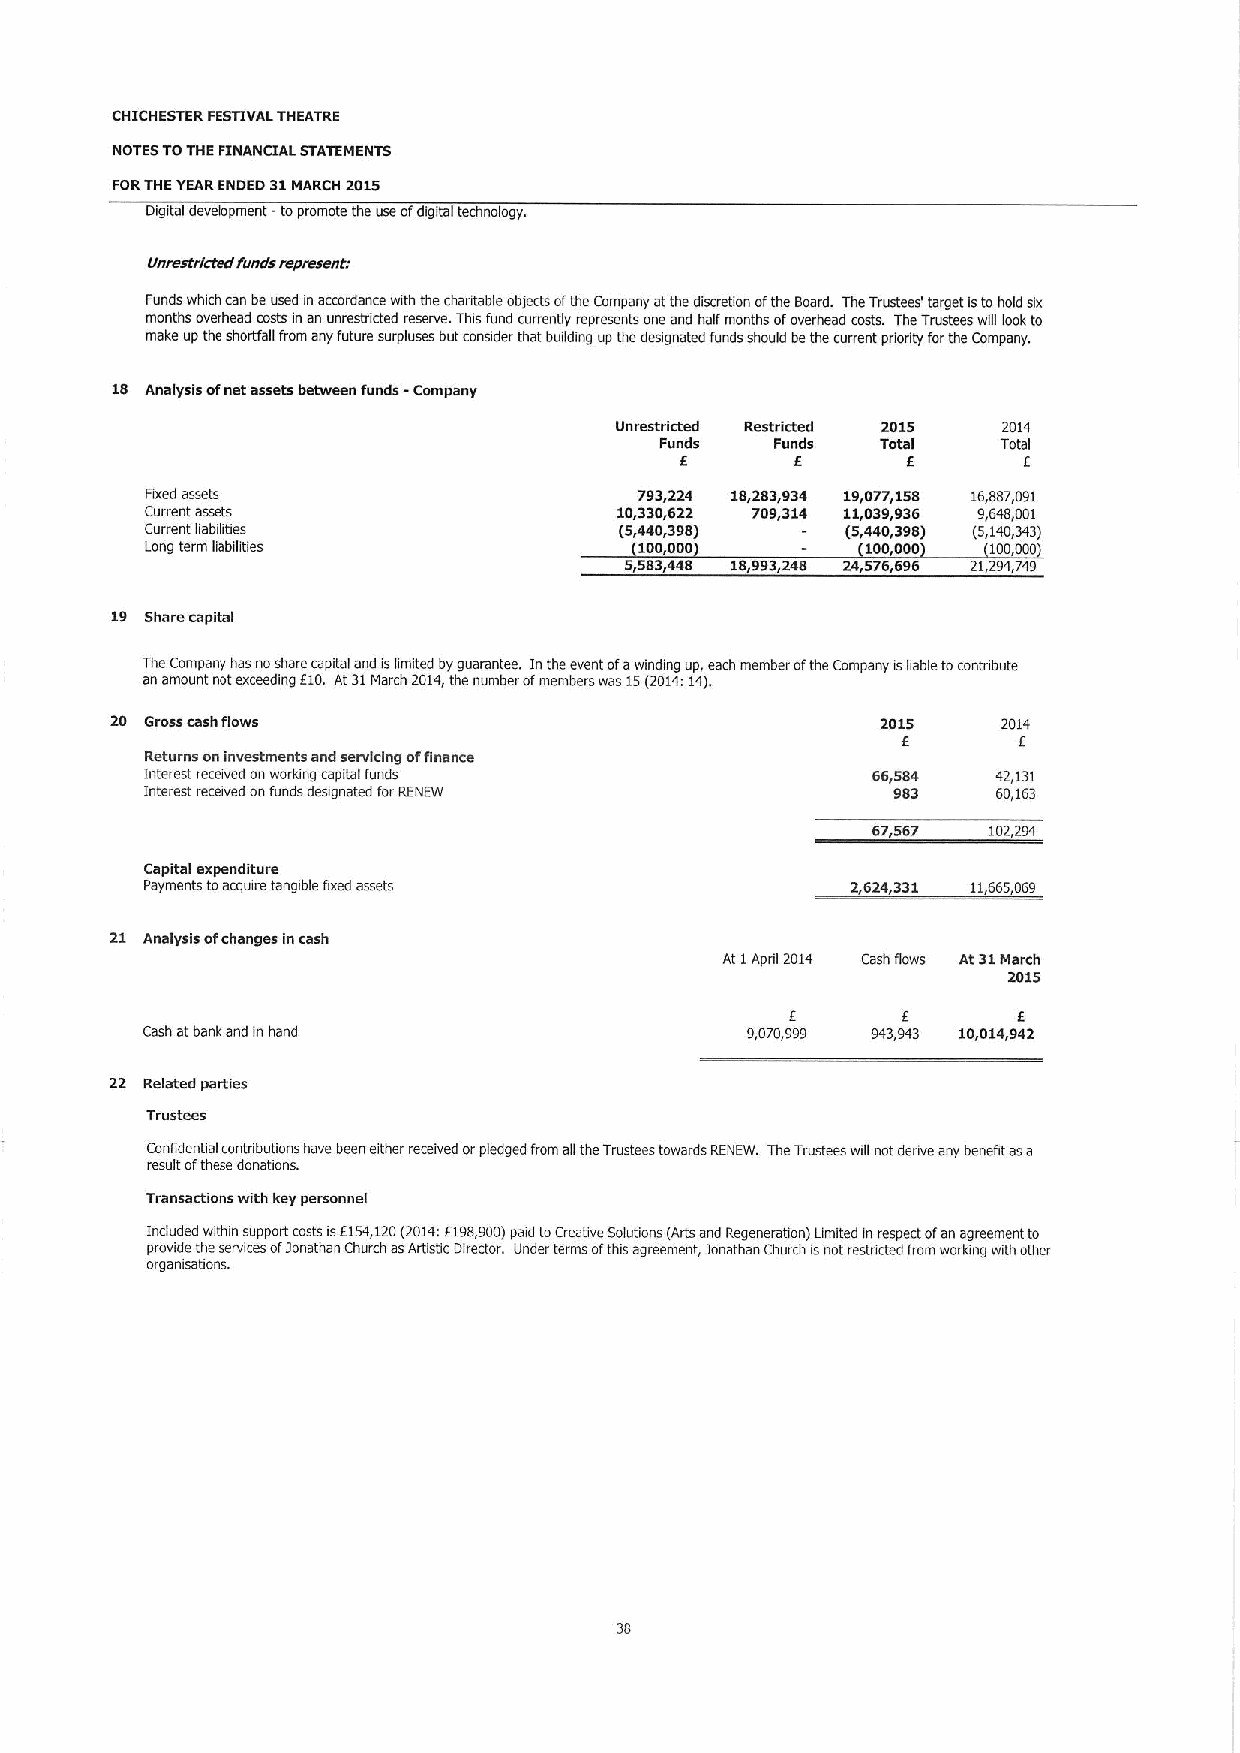
CHICHESTER FESTIVALTHEATRE
 NOTES TOTHEFINANCIAL STATEMENTS
 FORTHEYEARENDED 31MARCH 2015
 Digital development -topromote the use ofdigital technology.
 Unnssf ries edrtrnds rwprwsnnD
 Funds which can beused in acmrdance with the charitable objects ofthe Company atthe discretion ofthe Board. TheTrustees' target isto hold six
 months overhead costs in an unrestricted reserve. This fund currently represents one and half months ofoverhead costs. TheTrustees will look to
 make up the shortfall from any future surpluses but consider that building up the designated funds should bethe current priority forthe Company.
 18 Analysis ofnet assets between funds - Company
 Unrestricted Restridwd 2015 2014
 Funds  Funds  Total   Total
 I       I      I       I
 Fixed assets                    793,224 18,283,934 19,077,158 16,887,091
 Current amets                  10,330,622 709,314 11,039,936 9,648,001
 Current liabilities            (5,440,398)    (5,440,398) (5,140,343)
 Long term liabibties            100,000        100000   100000
 5,583c(48 18,993,248 24,576,696 21,29'(,749
 19 Share capital
 The Company has noshare capital and iskmited byguarantee. Inthe event ofawinding up, each member ofthe Company isbable tocontnbute
 an amount notexceeding 110.At31March 2014,the number ofmembers was 15(2014:14).
 20 Gross cash flows                                2015    201'I
 I      I
 Returns oninvestments and servicing offinance
 Interest received on workmg capital funds       66,584  42,131
 Interest received onfunds designated forRENEW    983    60,163
 67,567 102,294
 Capital expenditure
 Payments toacquire tangible fixed assets      2,624,331 11,665,069
 21 Analysis ofchanges incash
 At IApnl 2014 Cash flows At31March
 2015
 I       I      I
 Cash atbank and m hand                  9,070,999 943,943 10,014,942
 22 Related parties
 Tl'usb'.es
 Confidential contnbutions have been either received orpledged from ailthe Trustees towards RENEW. TheTrustees will not derive any benefit asa
 result ofthese donations.
 Transactions with key personnel
 Included within support costs is5154,120(2014:5198900)paid toCreative Solutions (Arts and Regeneration) Limited in respect ofan agreement to
 provide the services ofjonathan Church asArtistic Director. Under terms ofthis agreement, jonathan Church isnot restricted from workmg with other
 organisations.
 38